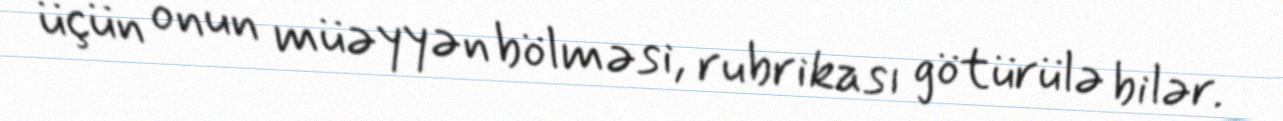
üçün onun müəyyən bölməsi, rubrikası götürülə bilər.